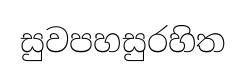
සුවපහසුරහිත